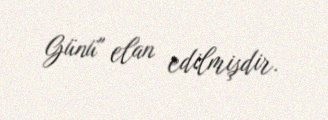
Günü" elan edilmişdir.